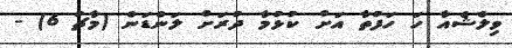
ވިލްޝެއާ ހަ ހަފުތާ އަށް ކުޅުމާ ދުރަށް ލަންޑަން (މާޗު 6) -